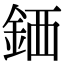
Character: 𫒖